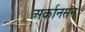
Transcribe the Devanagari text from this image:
अर्कानसन